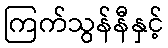
ကြက်သွန်နီနှင့်